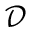
\mathcal { D }